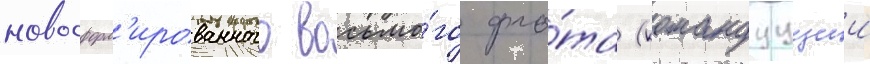
новосформ'ированного восьмо́го фло́та (командуущии